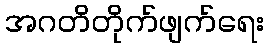
အဂတိတိုက်ဖျက်ရေး